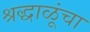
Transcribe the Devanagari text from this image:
श्रद्धाळूंचा